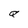
Character: Q